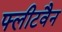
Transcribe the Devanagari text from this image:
फ्लीटवैन